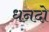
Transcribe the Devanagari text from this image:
धनदो